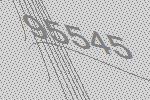
95545